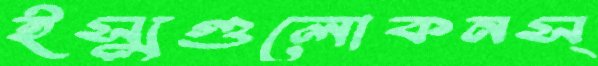
ইস্যুগুলোকনস্